Report on the bubonic plague in Bombay, 1896-1897
Year: 1896
Disease focus: Plague
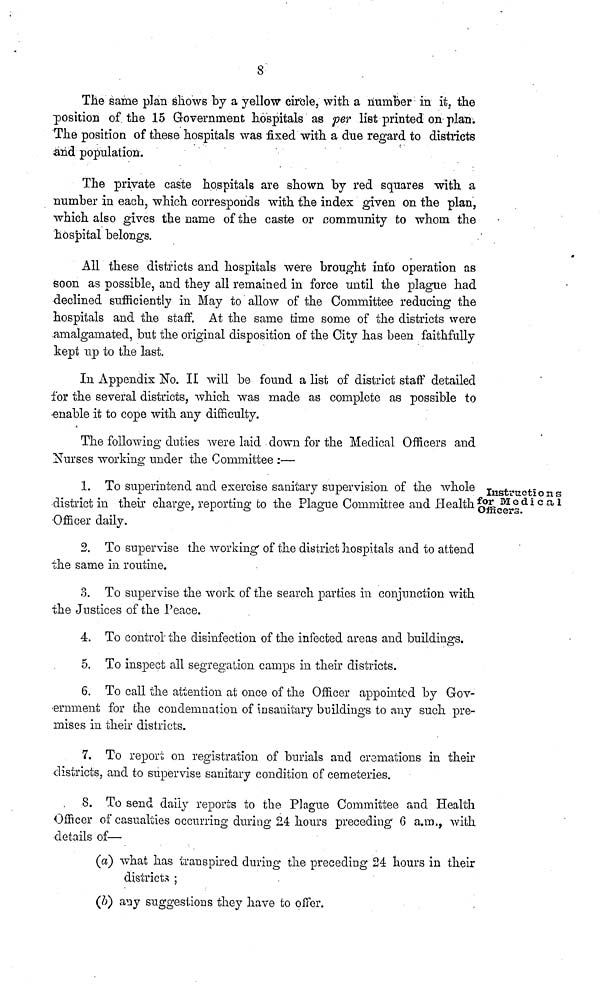
8
The same plan shows by a yellow circle, with a number in it, the
position of the 15 Government hospitals as per list printed on plan.
The position of these hospitals was fixed with a due regard to districts
and population.
The private caste hospitals are shown by red squares with a
number in each, which corresponds with the index given on the plan,
which also gives the name of the caste or community to whom the
hospital belongs.
All these districts and hospitals were brought into operation as
soon as possible, and they all remained in force until the plague had
declined sufficiently in May to allow of the Committee reducing the
hospitals and the staff. At the same time some of the districts were
amalgamated, but the original disposition of the City has been faithfully
kept up to the last.
In Appendix No. II will be found a list of district staff detailed
for the several districts, which was made as complete as possible to
enable it to cope with any difficulty.
The following duties were laid down for the Medical Officers and
Nurses working under the Committee :—
Instructions
for Medical
Officers.
1. To superintend and exercise sanitary supervision of the whole
district in their charge, reporting fco the Plague Committee and Health
Officer daily.
2. To supervise the working" of the district hospitals and to attend
the same in routine.
3. To supervise the work of the search parties in conjunction with
the Justices of the Peace.
4. To control the disinfection of the infected areas and buildings.
5. To inspect all segregation camps in their districts.
6. To call the attention at once of the Officer appointed by Gov-
ernment for the condemnation of insanitary buildings to any such pre-
mises in their districts.
7. To report on registration of burials and cremations in their
districts, and to supervise sanitary condition of cemeteries.
8. To send daily reports to the Plague Committee and Health
Officer of casualties occurring during 2,4 hours preceding' 6 a.m., with
details of—
(a) what has transpired during the preceding 24 hours in their
districts ;
(b) any suggestions they have to offer.